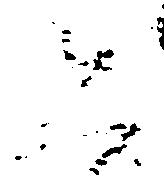
恐